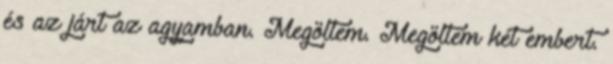
és az járt az agyamban. Megöltem. Megöltem két embert.